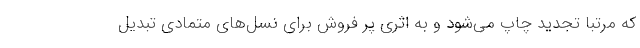
که مرتبا تجدید چاپ می‌شود و به اثری پر فروش برای نسل‌های متمادی تبدیل